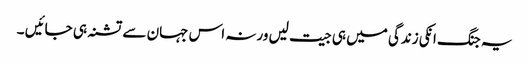
یہ جنگ انکی زندگی میں ہی جیت لیں ورنہ اس جہان سے تشنہ ہی جائیں ۔